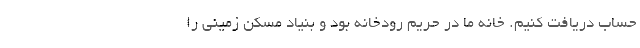
حساب دریافت کنیم. خانه ما در حریم رودخانه بود و بنیاد مسکن زمینی را